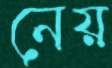
নেয়